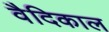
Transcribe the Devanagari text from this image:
वैदिकाल